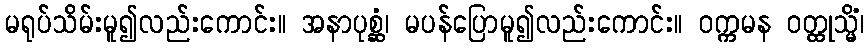
မရုပ်သိမ်းမူ၍လည်းကောင်း။ အနာပုစ္ဆံ၊ မပန်ပြောမူ၍လည်းကောင်း။ ဝက္ကမန ဝတ္ထုသ္မိံ၊